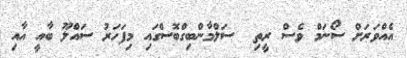
އެއްވަރަށް ސޯނަމް ވެސް ރީތި  ސަލްމާންބިގްބޮސްގައި މިފަހަރު ސައްލޫ ބާއީ އާއި